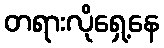
တရားလိုရှေ့နေ